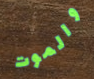
والموت